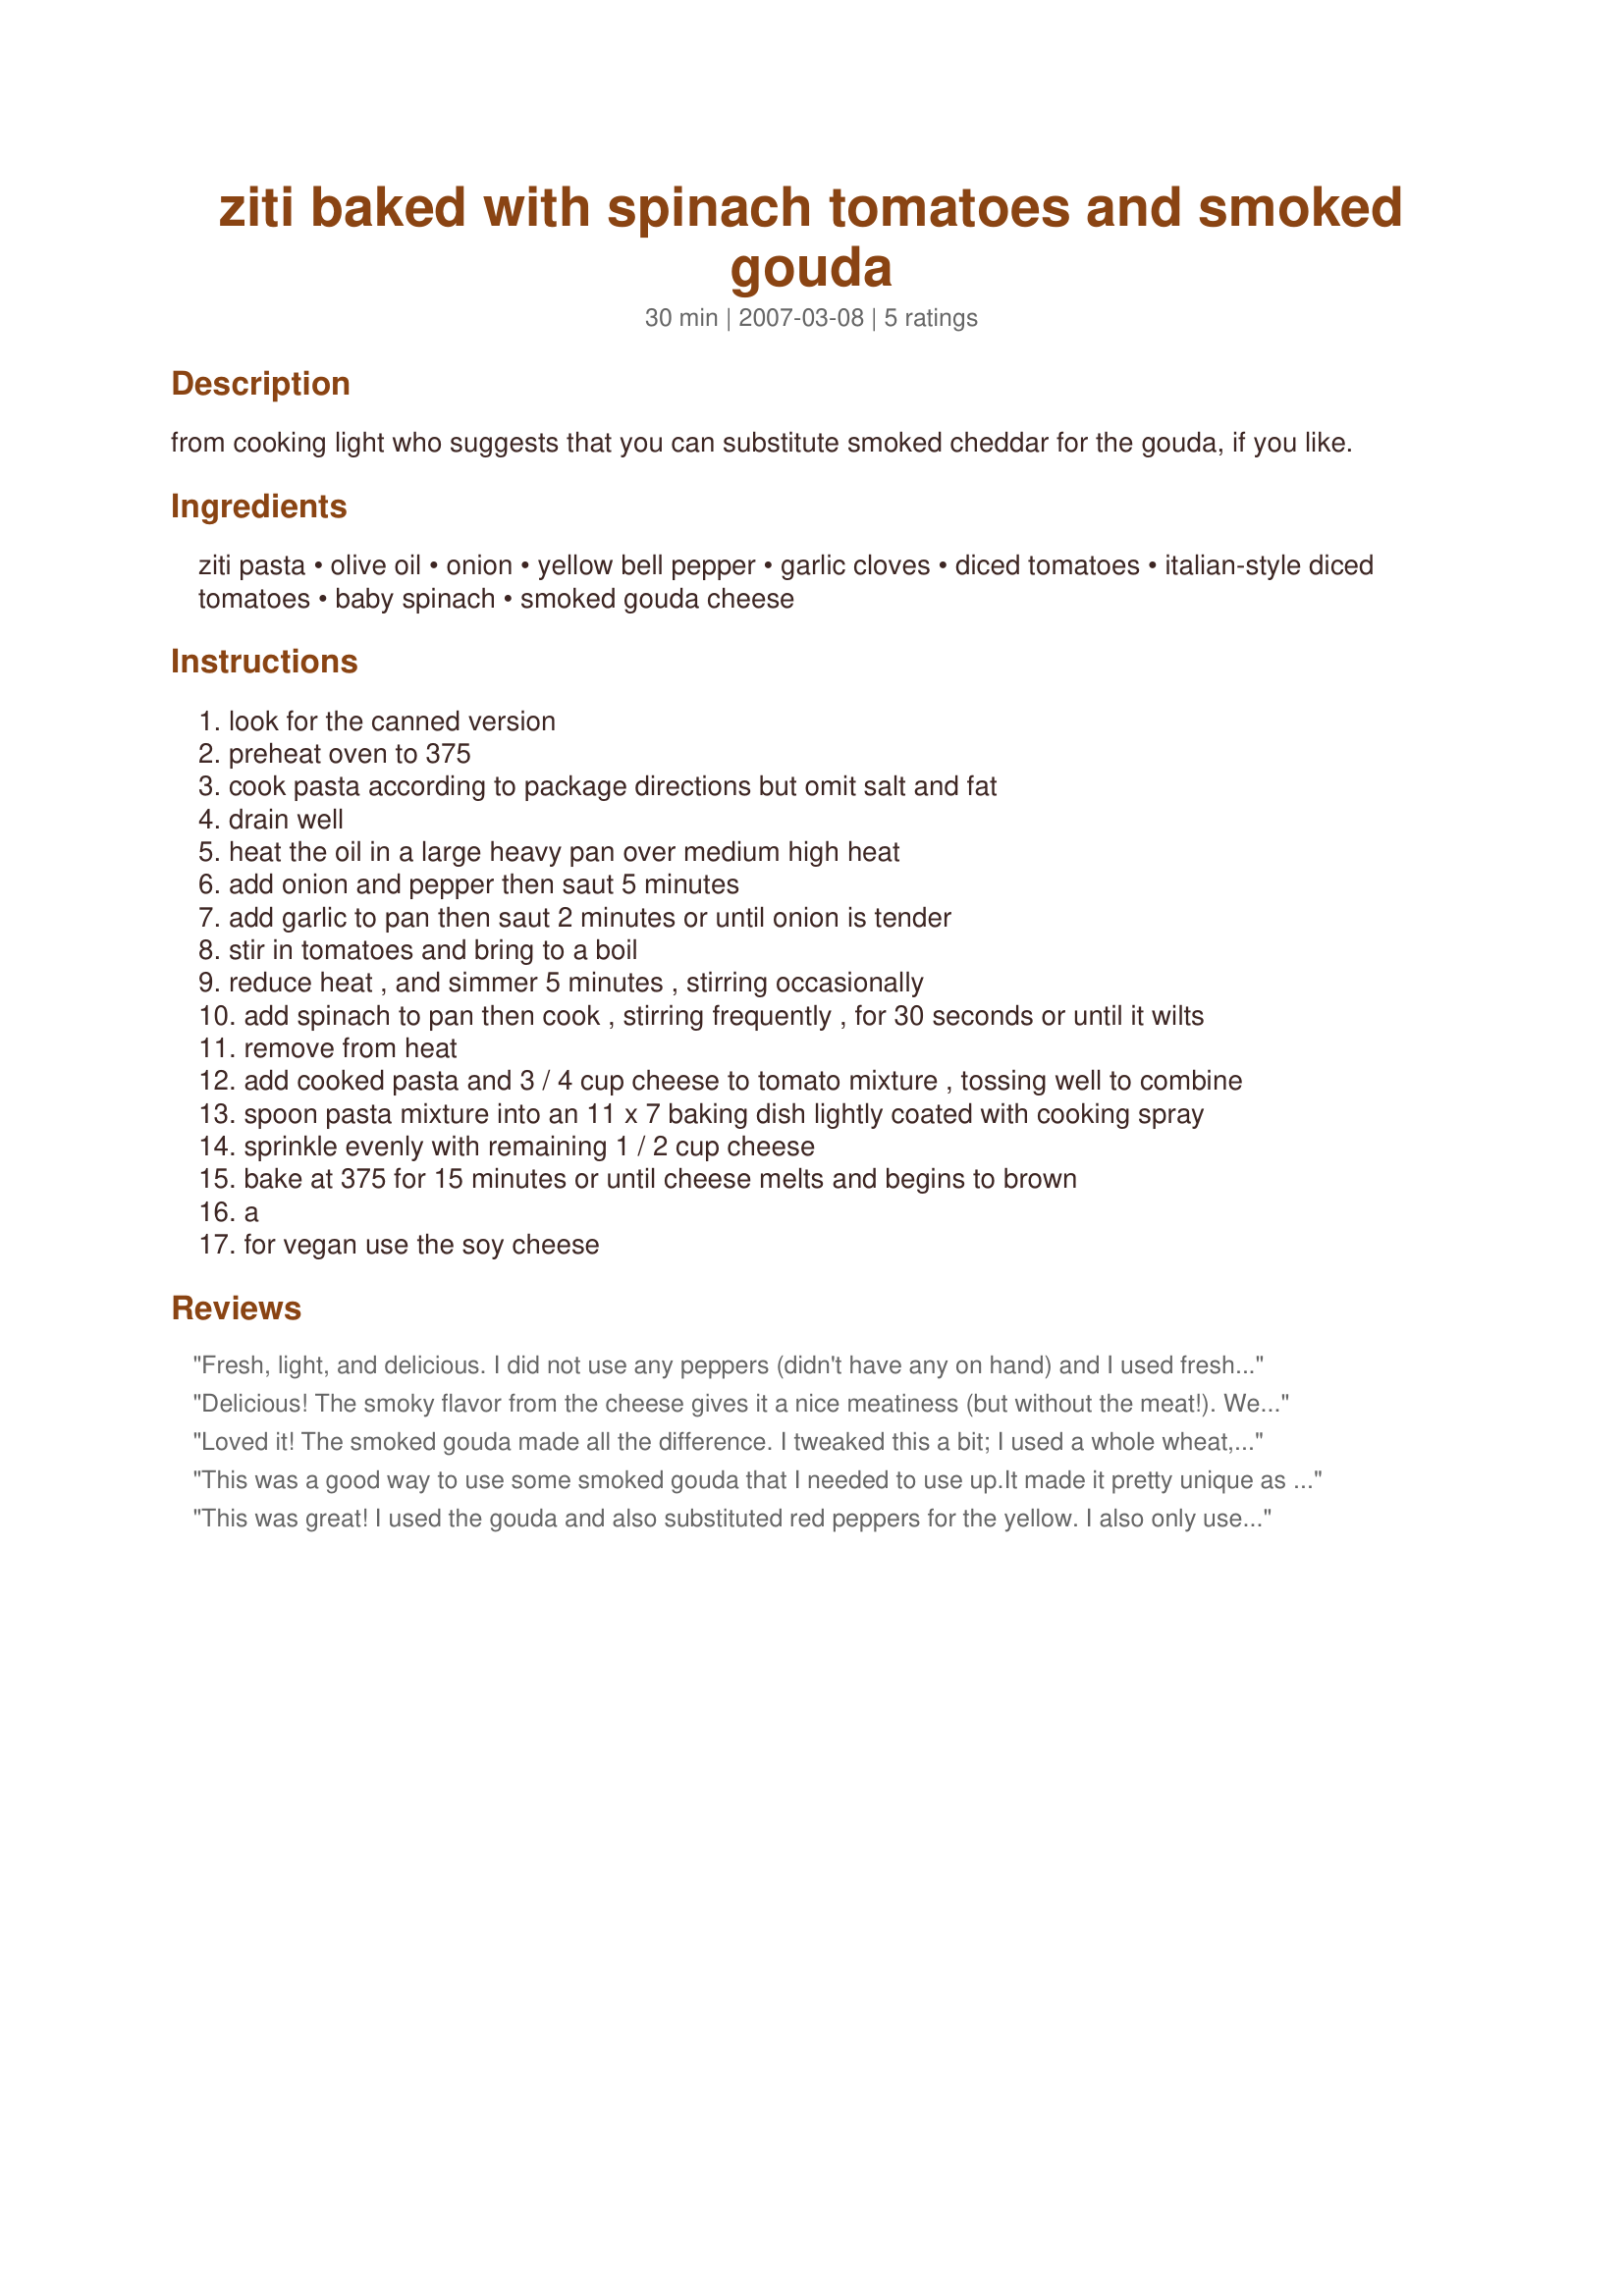
ziti baked with spinach tomatoes and smoked gouda
Preparation time: 30 minutes

from cooking light who suggests that you can substitute smoked cheddar for the gouda, if you like.

Ingredients:
ziti pasta, olive oil, onion, yellow bell pepper, garlic cloves, diced tomatoes, italian-style diced tomatoes, baby spinach, smoked gouda cheese

Steps:
look for the canned version
preheat oven to 375
cook pasta according to package directions but omit salt and fat
drain well
heat the oil in a large heavy pan over medium high heat
add onion and pepper then saut 5 minutes
add garlic to pan then saut 2 minutes or until onion is tender
stir in tomatoes and bring to a boil
reduce heat , and simmer 5 minutes , stirring occasionally
add spinach to pan then cook , stirring frequently , for 30 seconds or until it wilts
remove from heat
add cooked pasta and 3 / 4 cup cheese to tomato mixture , tossing well to combine
spoon pasta mixture into an 11 x 7 baking dish lightly coated with cooking spray
sprinkle evenly with remaining 1 / 2 cup cheese
bake at 375 for 15 minutes or until cheese melts and begins to brown
a
for vegan use the soy cheese

Reviews:
Fresh, light, and delicious. I did not use any peppers (didn't have any on hand) and I used fresh tomatoes instead of canned, adding some Italian seasoning. I also added some sun-dried tomatoes and topped this with fresh basil and parsley at the end. DH asked me if there was meat in this, because with the smoked gouda it does taste almost like there's bacon in it. Thank you!
Delicious! The smoky flavor from the cheese gives it a nice meatiness (but without the meat!). We made this using apple-smoked gouda, and I used Barilla Plus penne instead of ziti. Also, I used 2 cans Italian diced tomatoes and skipped the stewed tomatoes. Thanks for posting, Philocrates!
Loved it! The smoked gouda made all the difference. I tweaked this a bit; I used a whole wheat, high-fiber fusilli, and a reduced-fat smoked gouda. And I threw in two links of low-fat jalapeno chicken sausage, thinly sliced, and two small zucchini, just to add more bulk/fiber without adding much fat or many calories. Very flavorful, and a wonderful dish on a chilly night. Thanks for posting!
This was a good way to use some smoked gouda that I needed to use up.It made it pretty unique as far as pasta dishes go. I loved all the veggies. I did add some browned ground pork and beef to satisfy my husband. I think I would have loved it with a can of tomato sauce and a little tomato paste added.
This was great! I used the gouda and also substituted red peppers for the yellow. I also only used one 14oz can of italian diced tomatoes. I liked it very much, it was very easy and I'll make it again for sure!
